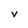
Character: V